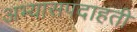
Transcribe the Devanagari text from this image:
अभ्यासपदाहती